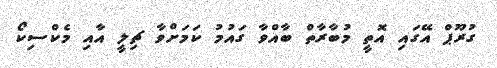
ގުރޫޕް އޭގައި އޮތީ މުބާރާތް ބާއްވާ ގައުމު ކަމަށްވާ ޗިލީ އާއި މެކްސިކޯ